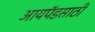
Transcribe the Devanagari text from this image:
आयपॅडसाठी